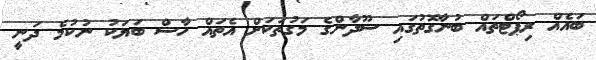
ބައެއް ރިޕޯޓްތައް ބުނާގޮތުގައި ސޫދާންގެ މަގުތަކަށް އެތައް ހާސް ބަޔަކު ނުކުމެ ދަނީ